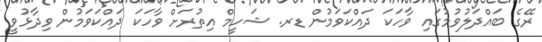
ރޭގެ ބައްދަލުވުމުގައި ވާހަކަ ދައްކަވަމުން ޑރ. ޝަހީމް އިތުރަށް ވާހަކަ ދައްކަވަމުން ވިދާޅުވީ